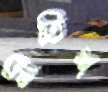
নীতিশ